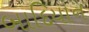
બાદિયાન